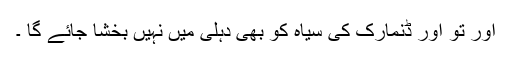
اور تو اور ڈنمارک کی سیاہ کو بھی دہلی میں نہیں بخشا جائے گا ۔